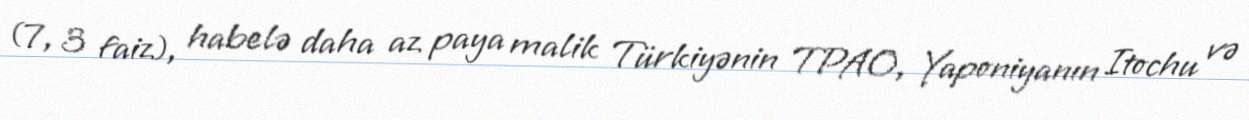
(7, 3 faiz), habelə daha az paya malik Türkiyənin TPAO, Yaponiyanın Itochu və